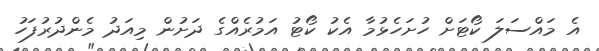
އެ މައްސަލަ ކޯޓަށް ހުށަހެޅުމާ އެކު ކޯޓު އަމުރެއްގެ ދަށުން މިއަދު މެންދުރުފަހު